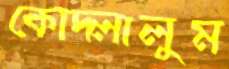
কোদ্‌লালুম